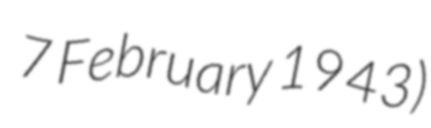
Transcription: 7 February 1943)